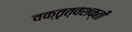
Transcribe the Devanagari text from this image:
वक्तृत्वशक्ती